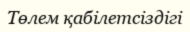
Төлем қабілетсіздігі